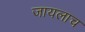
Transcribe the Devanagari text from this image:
जायलाच